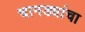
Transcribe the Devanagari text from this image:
चामड्यांचा